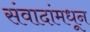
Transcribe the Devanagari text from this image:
संवादांमधून